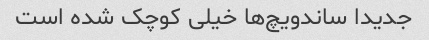
جدیدا ساندویچ‌ها خیلی کوچک شده است